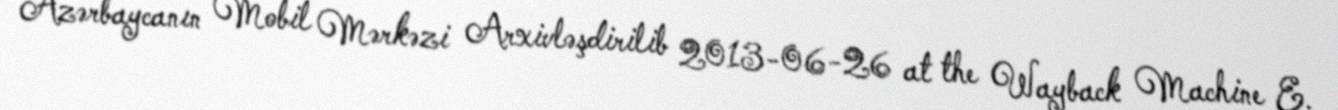
Azərbaycanın Mobil Mərkəzi Arxivləşdirilib 2013-06-26 at the Wayback Machine E.